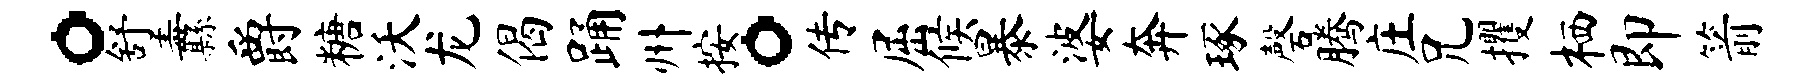
。舒纛爵糖沃龙偈踊州按。传屈候暴婆奔琢磬腾庄兄攫栖即箭